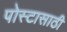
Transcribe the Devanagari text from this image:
पोस्टासाठी